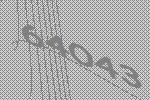
64043